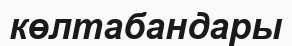
көлтабандары